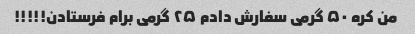
من کره ۵۰ گرمی سفارش دادم ۲۵ گرمی برام فرستادن!!!!!